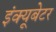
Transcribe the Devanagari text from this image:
इंक्यूबेटर